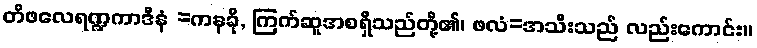
တိဖလေရဏ္ဍကာဒီနံ =ကနခို, ကြက်ဆူအစရှိသည်တို့၏၊ ဖလံ=အသီးသည် လည်းကောင်း။